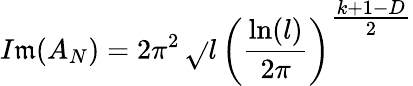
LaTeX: I\mathfrak{m}(A_{N})=2\pi^{2}\, \sqrt{}{{l}}\, \left(\frac{{\ln(l)}}{{2\pi}}\right)^{{\textstyle\frac{{k+1-D}}{{2}}}}